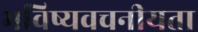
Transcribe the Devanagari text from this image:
भविष्‍यवचनीयता